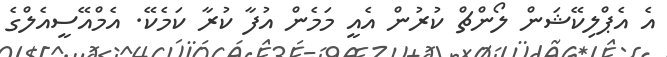
އެ އެޕްލިކޭޝަން ލޯންޗް ކުރުން އެއީ މަމެން އުފާ ކުރާ ކަމެކޭ. އެމްއޭސީއެލްގެ